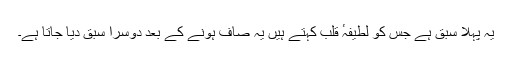
یہ پہلا سبق ہے جس کو لطیفہٴ قلب کہتے ہیں یہ صاف ہونے کے بعد دوسرا سبق دیا جاتا ہے۔